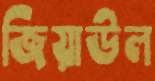
জিয়াউল